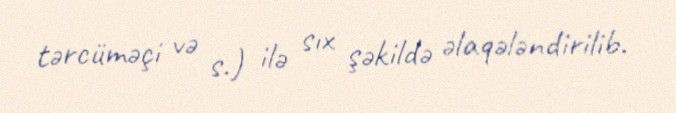
tərcüməçi və s.) ilə sıx şəkildə əlaqələndirilib.